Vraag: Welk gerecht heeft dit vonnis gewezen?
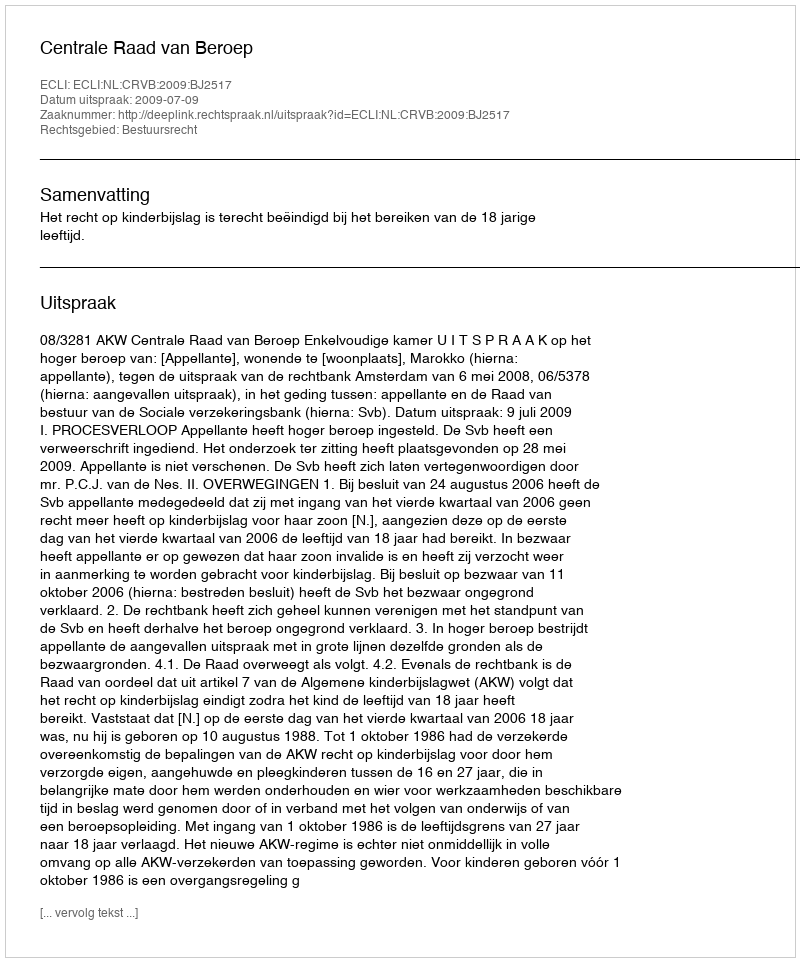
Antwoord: Centrale Raad van Beroep